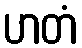
ဟတံ